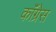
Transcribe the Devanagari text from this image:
काॅंग्रेस